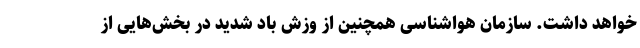
خواهد داشت. سازمان هواشناسی همچنین از وزش باد شدید در بخش‌هایی از